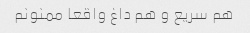
هم سریع و هم داغ واقعا ممنونم